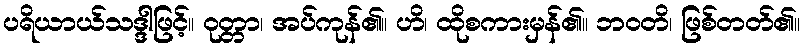
ပရိယာယ်သဒ္ဒါဖြင့်။ ဝုတ္တာ၊ အပ်ကုန်၏။ ဟိ၊ ထိုစကားမှန်၏။ ဘဝတိ၊ ဖြစ်တတ်၏။